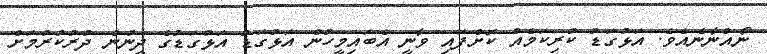
ނޯއްނާނެއެވެ. އަޅުގަޑު ކުރިކަމެއް ކޮށްފައި ވާނީ އެބައިމީހުން އަޅުގަޑު އަޅުގަޑުގެ ދީނުން ދުރުކުރުމަށް